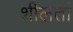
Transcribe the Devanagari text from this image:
शीलतां